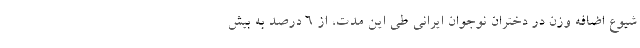
شیوع اضافه وزن در دختران نوجوان ایرانی طی این مدت، از ۶ درصد به بیش